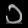
Digit: ၁